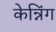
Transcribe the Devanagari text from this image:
केन्निंग